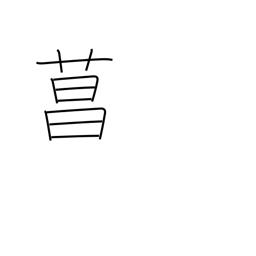
Meaning: iris